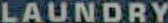
LAUNDRY